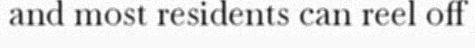
and most residents can reel off